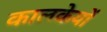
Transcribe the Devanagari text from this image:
कालकेयों